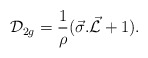
\begin{align*}{\cal D}_{2g}=\frac{1}{\rho}(\vec{\sigma}.\vec{\cal L}+1).\end{align*}